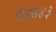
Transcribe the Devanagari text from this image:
मेघास४३